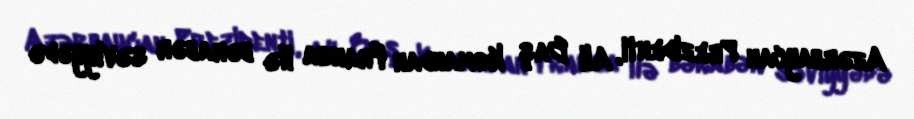
Azərbaycan Prezidenti, Ali Baş Komandan Fransa ilə bərabər səviyyədə